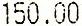
150.00